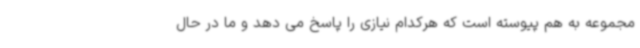
مجموعه به هم پیوسته است که هرکدام نیازی را پاسخ می دهد و ما در حال